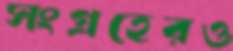
সংগ্রহেরও